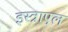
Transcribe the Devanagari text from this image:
इस्त्राएल